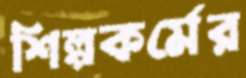
শিল্পকর্মের